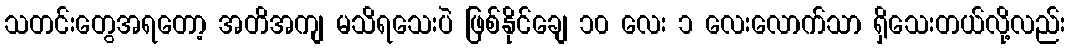
သတင်းတွေအရတော့ အတိအကျ မသိရသေးပဲ ဖြစ်နိုင်ချေ ၁၀ လေး ၁ လေးလောက်သာ ရှိသေးတယ်လို့လည်း